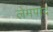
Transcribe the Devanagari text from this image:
लेमपाद